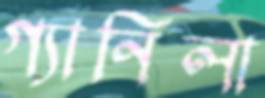
গ্যানিলা